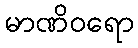
မာဏိဝရော